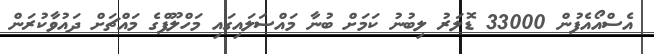
އެސްއޯއެފުން 33000 ޑޮލަރު ލިބުނު ކަމަށް ބުނާ މައްސަލައިގައި މަހްލޫފްގެ މައްޗަށް ދައުވާކުރަން